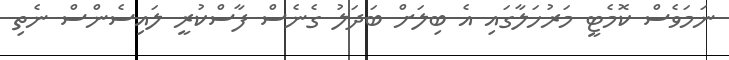
ނަމަވެސް ކޮމެޓީ މަރުހަލާގައި އެ ބިލަށް ބަދަލު ގެނެސް ފާސްކުރީ ލައިސެންސް ނެތި